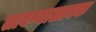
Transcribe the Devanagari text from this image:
लावण्यालायक